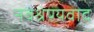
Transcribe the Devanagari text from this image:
नवश्रेण्यवाद